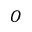
O